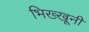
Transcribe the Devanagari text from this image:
भिख्खूनी